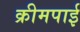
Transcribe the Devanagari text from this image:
क्रीमपाई